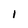
Character: 1